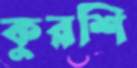
কুরশি